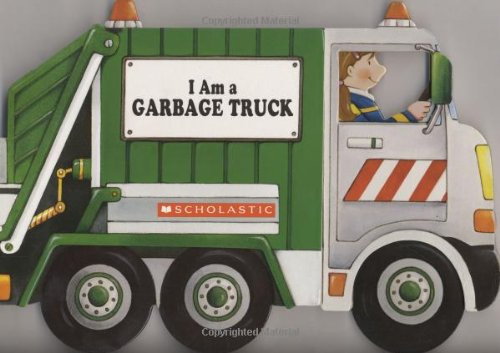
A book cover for I Am A Garbage Truck; Ace Landers; Children's Books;